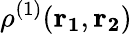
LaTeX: \rho^{(1)}(\mathbf{{r}_{1}},\mathbf{{r}_{2}})